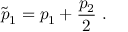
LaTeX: \tilde { p } _ { 1 } = p _ { 1 } + \frac { p _ { 2 } } { 2 } \; .